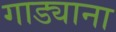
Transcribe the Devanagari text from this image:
गाड्याना